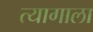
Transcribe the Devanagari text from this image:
त्यागाला